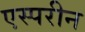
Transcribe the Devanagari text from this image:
एस्परीन